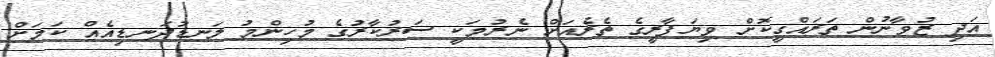
އަދި ޒުވާނުން ތަރައްގީކޮށް ވިޔަފާރީގެ ތެރެއަށް ނެރުމަކީ ސަރުކާރުގެ މުހިންމު ލަނޑުދަނޑިއެއް ކަމަށް